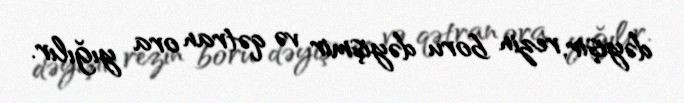
dəyişir, rezin boru dəyişmir və qətran ora yığılır.